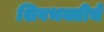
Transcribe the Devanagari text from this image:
शिवभक्तीचे